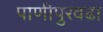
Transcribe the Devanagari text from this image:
पाणीपुरवढा